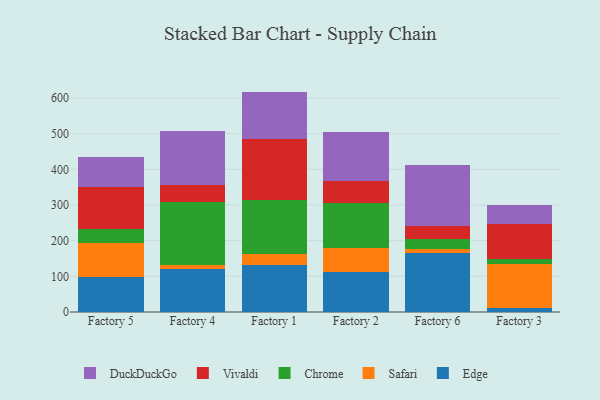
{"axis": {"x": "Factory", "y": "Churn Rate (%)"}, "legend": ["Chrome", "DuckDuckGo", "Edge", "Safari", "Vivaldi"], "data": [{"x": "Factory 5", "y": 97.4, "type": "Edge"}, {"x": "Factory 5", "y": 95.4, "type": "Safari"}, {"x": "Factory 5", "y": 39.0, "type": "Chrome"}, {"x": "Factory 5", "y": 117.8, "type": "Vivaldi"}, {"x": "Factory 5", "y": 84.7, "type": "DuckDuckGo"}, {"x": "Factory 4", "y": 120.0, "type": "Edge"}, {"x": "Factory 4", "y": 12.0, "type": "Safari"}, {"x": "Factory 4", "y": 175.0, "type": "Chrome"}, {"x": "Factory 4", "y": 49.5, "type": "Vivaldi"}, {"x": "Factory 4", "y": 151.9, "type": "DuckDuckGo"}, {"x": "Factory 1", "y": 132.1, "type": "Edge"}, {"x": "Factory 1", "y": 30.2, "type": "Safari"}, {"x": "Factory 1", "y": 151.5, "type": "Chrome"}, {"x": "Factory 1", "y": 170.0, "type": "Vivaldi"}, {"x": "Factory 1", "y": 134.0, "type": "DuckDuckGo"}, {"x": "Factory 2", "y": 111.4, "type": "Edge"}, {"x": "Factory 2", "y": 67.0, "type": "Safari"}, {"x": "Factory 2", "y": 128.5, "type": "Chrome"}, {"x": "Factory 2", "y": 59.3, "type": "Vivaldi"}, {"x": "Factory 2", "y": 138.2, "type": "DuckDuckGo"}, {"x": "Factory 6", "y": 165.0, "type": "Edge"}, {"x": "Factory 6", "y": 12.1, "type": "Safari"}, {"x": "Factory 6", "y": 28.8, "type": "Chrome"}, {"x": "Factory 6", "y": 35.5, "type": "Vivaldi"}, {"x": "Factory 6", "y": 171.7, "type": "DuckDuckGo"}, {"x": "Factory 3", "y": 12.2, "type": "Edge"}, {"x": "Factory 3", "y": 122.8, "type": "Safari"}, {"x": "Factory 3", "y": 13.2, "type": "Chrome"}, {"x": "Factory 3", "y": 98.6, "type": "Vivaldi"}, {"x": "Factory 3", "y": 52.0, "type": "DuckDuckGo"}]}